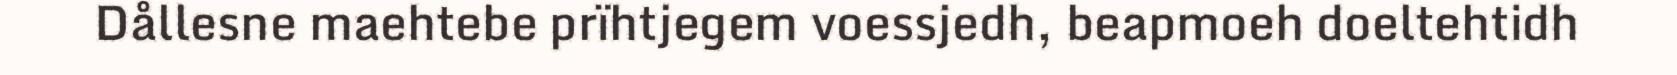
Dållesne maehtebe prïhtjegem voessjedh, beapmoeh doeltehtidh